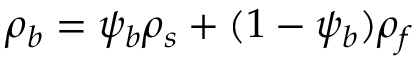
\rho _ { b } = \psi _ { b } \rho _ { s } + ( 1 - \psi _ { b } ) \rho _ { f }